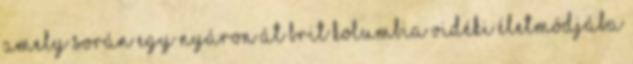
amely során egy nyáron át Brit Kolumbia vidéki életmódjába